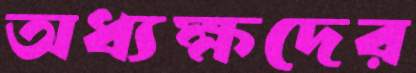
অধ্যক্ষদের